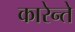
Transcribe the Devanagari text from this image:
कारेन्ते